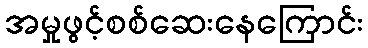
အမှုဖွင့်စစ်ဆေးနေကြောင်း